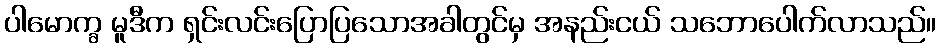
ပါမောက္ခ မူဒီက ရှင်းလင်းပြောပြသောအခါတွင်မှ အနည်းငယ် သဘောပေါက်လာသည်။